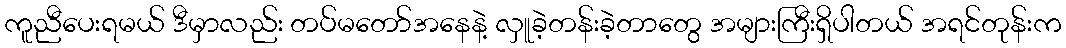
ကူညီပေးရမယ် ဒီမှာလည်း တပ်မတော်အနေနဲ့ လှူခဲ့တန်းခဲ့တာတွေ အများကြီးရှိပါတယ် အရင်တုန်းက